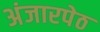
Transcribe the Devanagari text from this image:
अंजारपेठ